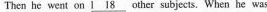
Then he went on \underline{l 18} other subjects. When he was